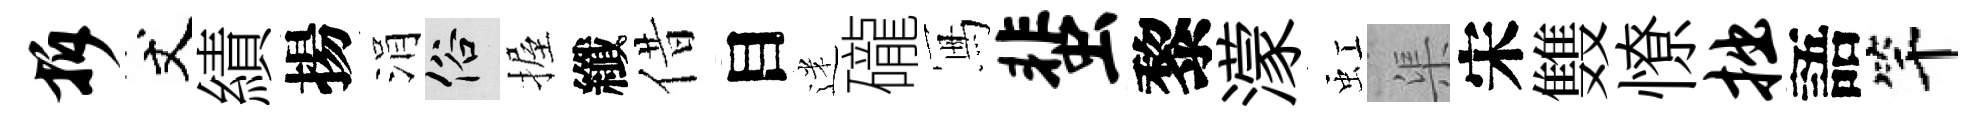
拆丈績揚涓俗握纖借目迷礲冩蜚黎濛虹渠宋䨇憭拙語竿